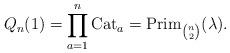
LaTeX: \begin{gather*}Q_n(1)= \prod_{a=1}^{n} {\rm Cat}_a=\operatorname{Prim}_{{n \choose 2}}(\lambda).\end{gather*}